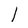
Character: l